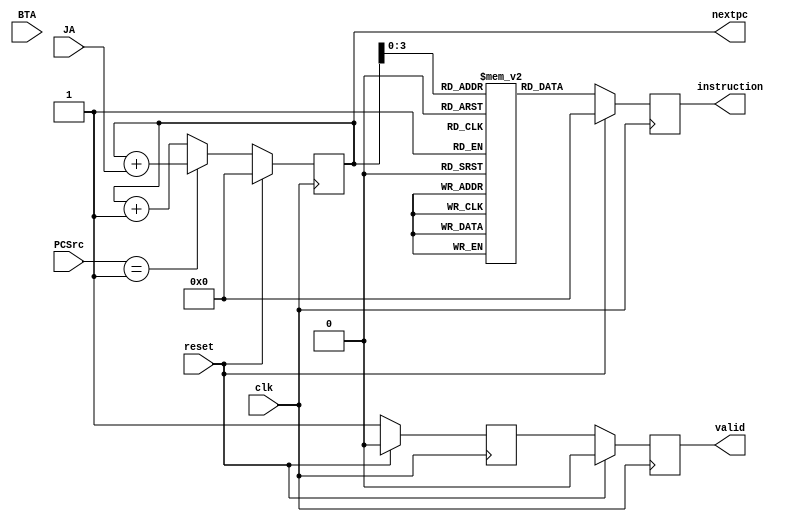
module insttruction_memory(
	input reset,
	input clk,
	input [1:0] PCSrc,
	input [31:0] JA, // jumb address 
	input [31:0] BTA,// branch address 
	output reg [31:0] nextpc,
	output reg [31:0] instruction,
	output reg valid
);

	reg [31:0] mem [14:0];
	initial begin
		mem[0] = 32'b00000001110000000000000000100100; // AND 32'b00000100110000000111000000000000;
		mem[1] = 32'b00001100110000000111000000000000; // ADD 32'b00001100110000000111000000000000;
		mem[2] = 32'b00010100110000000111000000000000; // SUB
		mem[3] = 32'b00011001010000001010000000000000; // CAM // ************  Finish the R-Type *******************/
		mem[4] = 32'b00000001110000000000000000100100; // ANDI 
		mem[5] = 32'b00001001110000000000000000100100; // ADDI // ************  Finish the I-Type (ALU_type) *******************/
		mem[6] = 32'b00010001110000000000000000110100; // LW
		mem[7] = 32'b00011001110000000000000000110100; // SW // ************  Finish the I-Type (Mem_type) *******************/
		mem[8] = 32'b00100001110011100000000010000100; // BEQ // ************  Finish the I-Type (Br_type) *******************/
		mem[9] = 32'b00000000000000000000000001000010; // J // immd = 8 
		mem[10]= 32'b00001000000000000001111101000010; // JAL / ************  Finish the J-Type  *******************/
		mem[11]= 32'b00000001110010100000000010000110; // SLL by 1 shift amount.
		mem[12]= 32'b00001001110010100000000010000110; // SLR by 1 shift amount.
		mem[13]= 32'b00010001110010100010000000000110; // SLLV by 2 shift amount.
		mem[14]= 32'b00011001110010100010000000000110; // SLRV by 2 shift amount./ ************  Finish the S-Type  *******************/
	end
	
	reg fetchValidReg;
	
	// Register for updating the next PC value
	always @(posedge clk) begin
		if (reset) begin
			fetchValidReg <= 1'b0;
			nextpc <= 32'd0;
		end
		else begin
			fetchValidReg <= 1'b1;
			case (PCSrc)
				2'b00: nextpc <= nextpc + 2'd1; // PC = PC + 4
				2'b01: nextpc <= nextpc + JA; // PC = PC + Jumb_address
				2'b10: nextpc <= nextpc + 2'd1; // PC = imm17 + PC
				default: nextpc <= nextpc + 2'd1; // Default case for unknown PCSrc value
			endcase
		end
	end
	
	// Register for updating the instruction and valid signal
	always @(posedge clk) begin
		if (reset) begin
			valid <= 1'b0;
			instruction <= 32'd0;
		end
		else begin
			valid <= fetchValidReg;
			instruction <= mem[nextpc];
		end
	end
	
endmodule